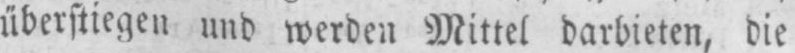
überstiegen und werden Mittel darbieten, die